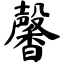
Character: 馨